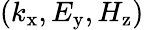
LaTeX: (k_{\mathrm{x}},E_{\mathrm{y}},H_{\mathrm{z}})